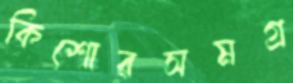
কিশোরসমগ্র